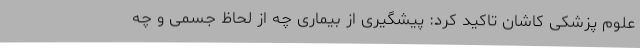
علوم پزشکی کاشان تاکید کرد: پیشگیری از بیماری چه از لحاظ جسمی و چه